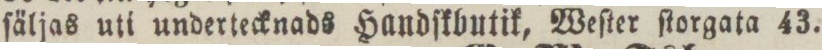
ſäljas uti undertecknads Handſkbutik, Weſter ſtorgata 43.